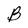
Character: B